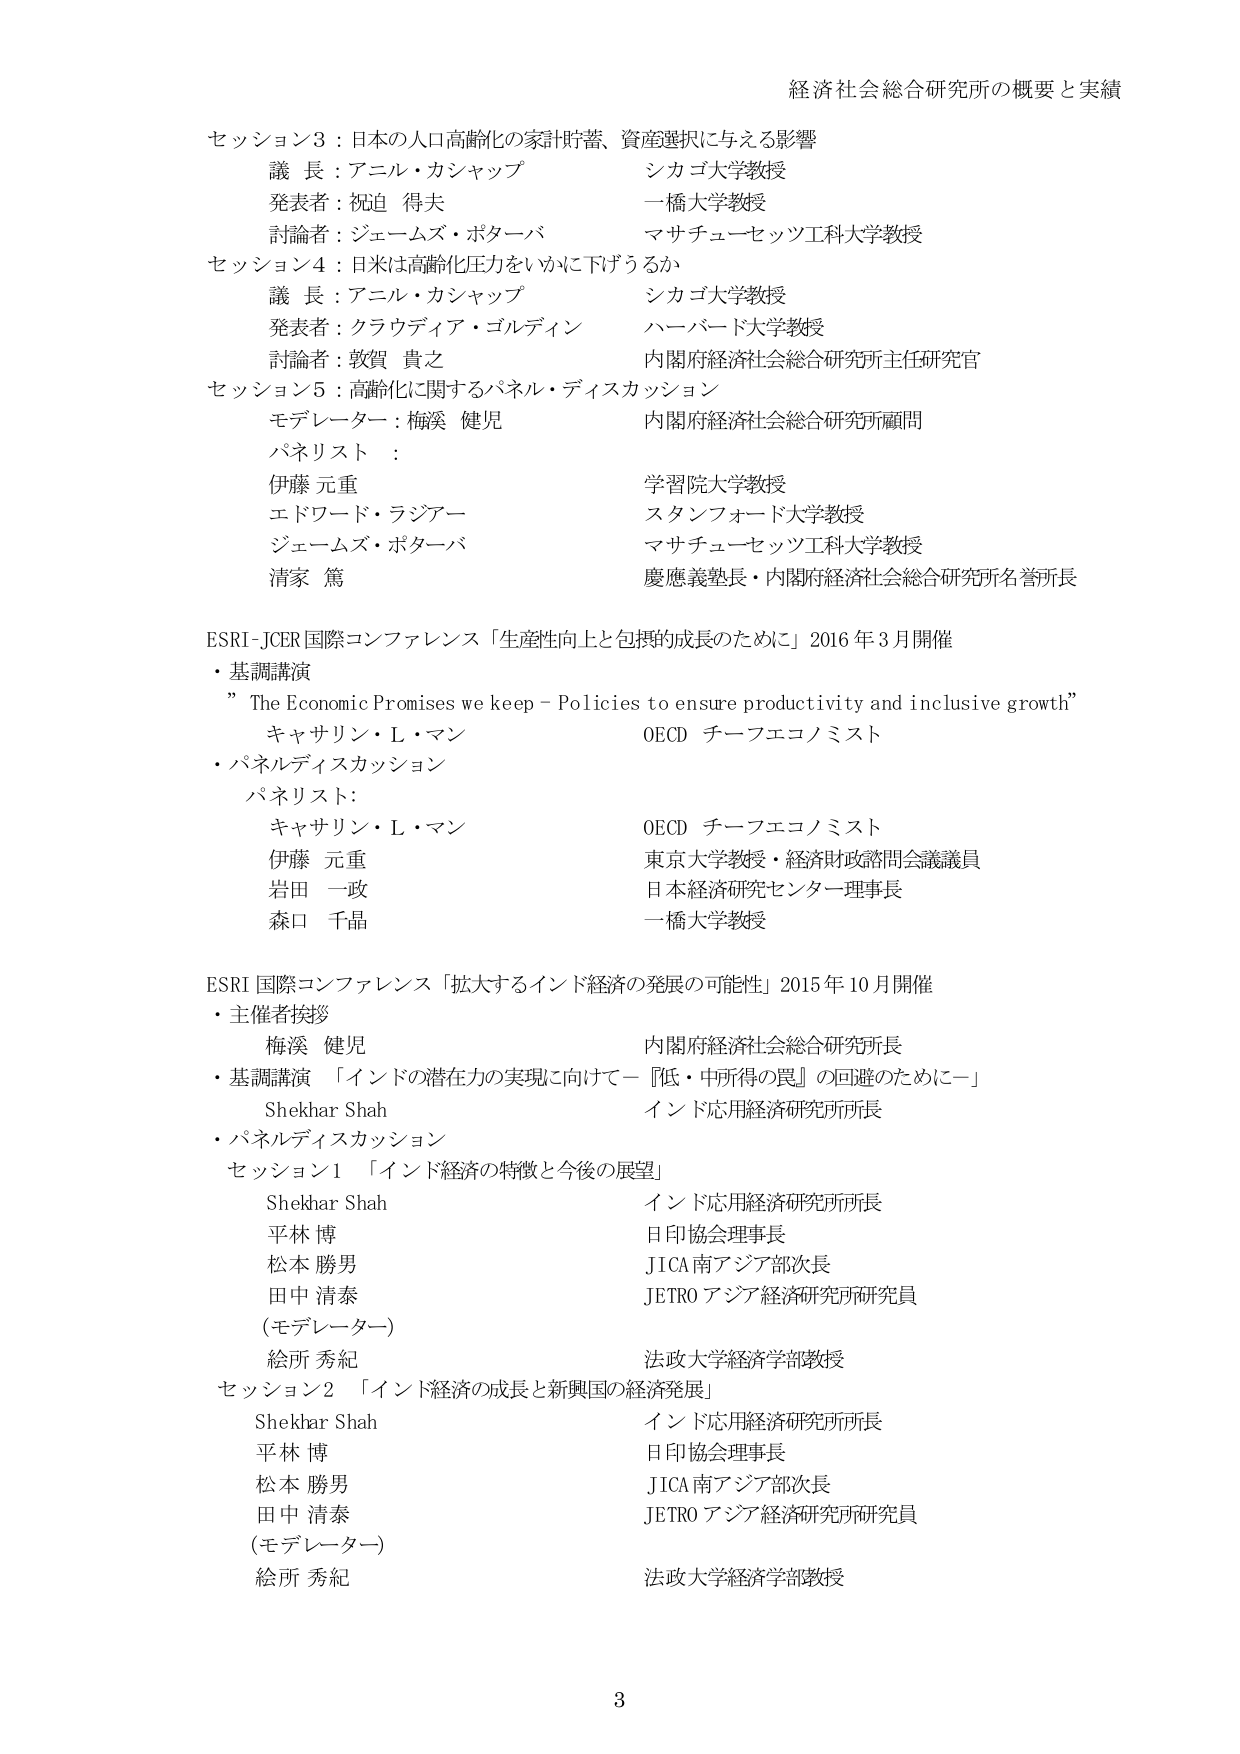
経済社会総合研究所の概要と実績

セッション3：日本の人口高齢化の家計貯蓄、資産選択に与える影響
　議長：アニル・カシャップ　　　　　シカゴ大学教授
　発表者：祝迫 得夫　　　　　　　　一橋大学教授
　討論者：ジェームズ・ポターバ　　　マサチューセッツ工科大学教授

セッション4：日米は高齢化圧力をいかに下げるか
　議長：アニル・カシャップ　　　　　シカゴ大学教授
　発表者：クラウディア・ゴルディン　ハーバード大学教授
　討論者：敦賀 貴之　　　　　　　　内閣府経済社会総合研究所主任研究官

セッション5：高齢化に関するパネル・ディスカッション
　モデレーター：梅渕 健児　　　　　内閣府経済社会総合研究所顧問
　パネリスト：
　　伊藤 元重　　　　　　　　　　　学習院大学教授
　　エドワード・ラジアー　　　　　　スタンフォード大学教授
　　ジェームズ・ポターバ　　　　　　マサチューセッツ工科大学教授
　　清家 篤　　　　　　　　　　　　慶應義塾大・内閣府経済社会総合研究所名誉所長

ESRI-JCER 国際コンファレンス「生産性向上と包摂的成長のために」2016年3月開催
・基調講演
　”The Economic Promises we keep – Policies to ensure productivity and inclusive growth”
　　キャサリン・L・マン　　　　　　OECD チーフエコノミスト
・パネルディスカッション
　パネリスト：
　　キャサリン・L・マン　　　　　　OECD チーフエコノミスト
　　伊藤 元重　　　　　　　　　　　東京大学教授・経済財政諮問会議議員
　　岩田 一政　　　　　　　　　　　日本経済研究センター理事長
　　森口 千晶　　　　　　　　　　　一橋大学教授

ESRI 国際コンファレンス「拡大するインド経済の発展の可能性」2015年10月開催
・主催者挨拶
　　梅渕 健児　　　　　　　　　　　内閣府経済社会総合研究所長
・基調講演「インドの潜在力の実現に向けて－『低・中所得の罠』の回避のために－」
　　Shekhar Shah　　　　　　　　　インド応用経済研究所所長
・パネルディスカッション
　セッション1「インド経済の特徴と今後の展望」
　　Shekhar Shah　　　　　　　　　インド応用経済研究所所長
　　平林 博　　　　　　　　　　　　日印協会理事長
　　松本 勝男　　　　　　　　　　　JICA南アジア部次長
　　田中 清泰　　　　　　　　　　　JETROアジア経済研究所研究員
　　(モデレーター)
　　絵所 秀紀　　　　　　　　　　　法政大学経済学部教授
　セッション2「インド経済の成長と新興国の経済発展」
　　Shekhar Shah　　　　　　　　　インド応用経済研究所所長
　　平林 博　　　　　　　　　　　　日印協会理事長
　　松本 勝男　　　　　　　　　　　JICA南アジア部次長
　　田中 清泰　　　　　　　　　　　JETROアジア経済研究所研究員
　　(モデレーター)
　　絵所 秀紀　　　　　　　　　　　法政大学経済学部教授

3